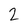
Character: 2